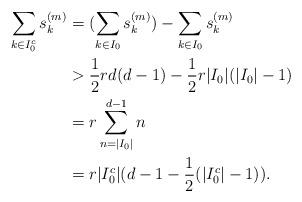
LaTeX: \begin{align*}\sum_{k\in I_0^c}s_k^{(m)}&=(\sum_{k\in I_0}s_k^{(m)})-\sum_{k\in I_0}s_k^{(m)}\\{}&>\frac{1}{2}rd(d-1)-\frac{1}{2}r|I_0|(|I_0|-1)\\{}&=r\sum_{n=|I_0|}^{d-1}n\\{}&=r|I_0^c|(d-1-\frac{1}{2}(|I_0^c|-1)).\end{align*}